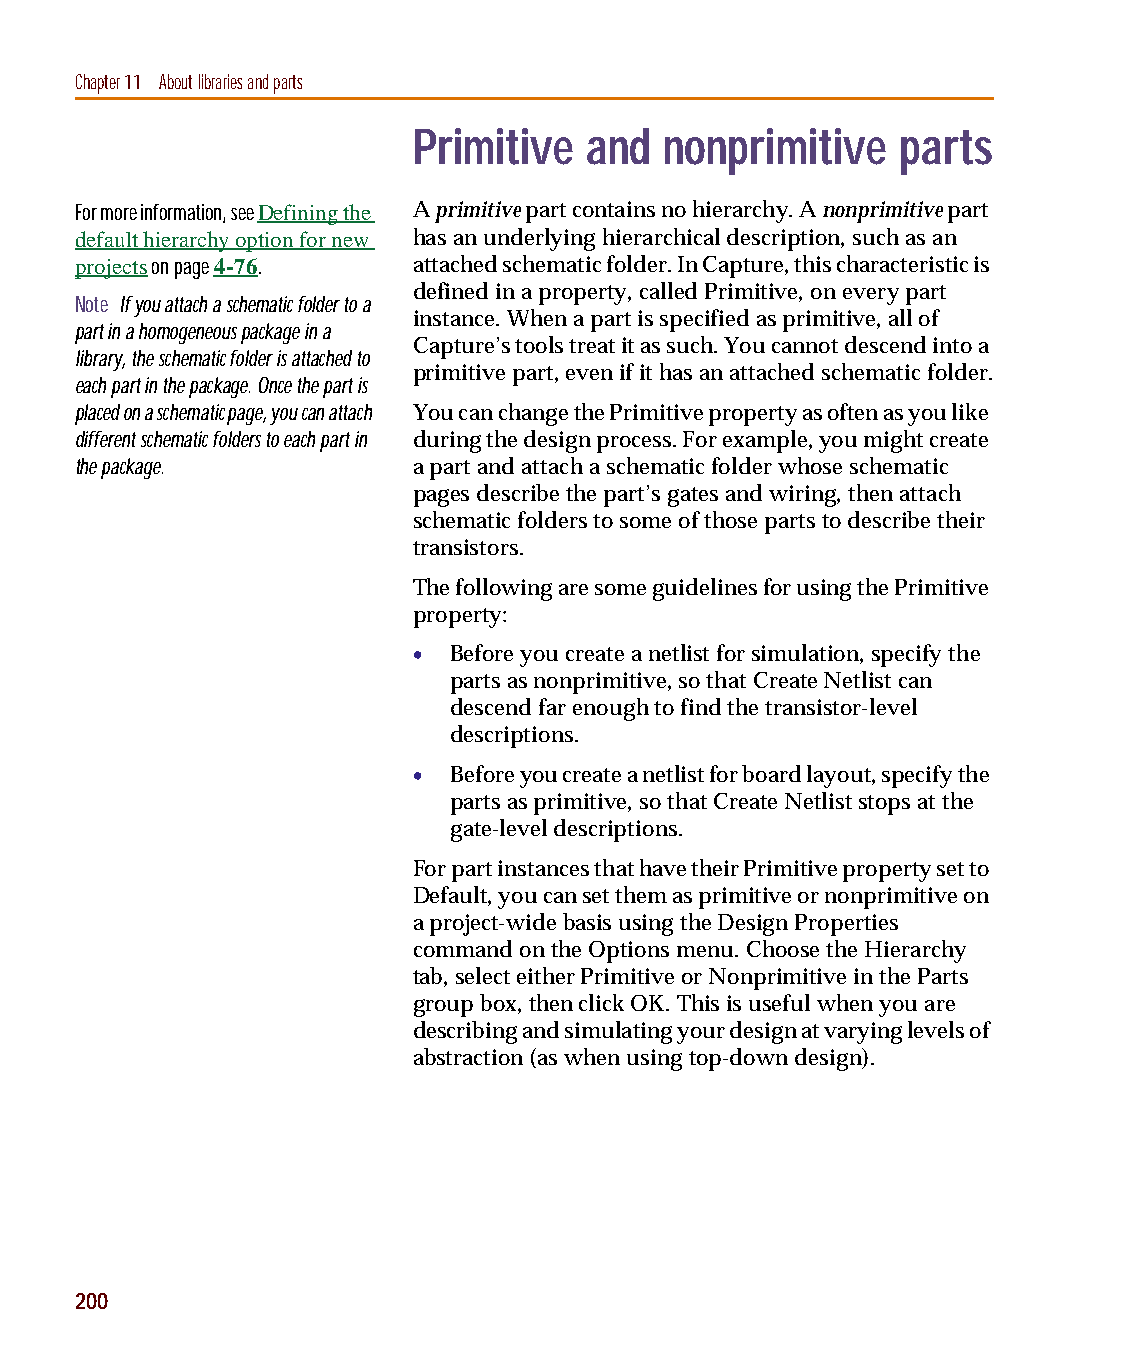
capug.book Page 200 Thursday, November 12, 1998 3:38 PM
 Chapter 11 About libraries and parts
 Primitive   and  nonprimitive    parts
 For more information, see Defining the A primitive part contains no hierarchy. A nonprimitive part
 default hierarchy option for new has an underlying hierarchical description, such as an
 projects on page 4-76. attached schematic folder. In Capture, this characteristic is
 defined in a property, called Primitive, on every part
 Note If you attach a schematic folder to a
 instance. When a part is specified as primitive, all of
 part in a homogeneous package in a
 Capture’s tools treat it as such. You cannot descend into a
 library, the schematic folder is attached to
 primitive part, even if it has an attached schematic folder.
 each part in the package. Once the part is
 placed on a schematic page, you can attach You can change the Primitive property as often as you like
 different schematic folders to each part in during the design process. For example, you might create
 the package.          a part and attach a schematic folder whose schematic
 pages describe the part’s gates and wiring, then attach
 schematic folders to some of those parts to describe their
 transistors.
 The following are some guidelines for using the Primitive
 property:
 •  Before you create a netlist for simulation, specify the
 parts as nonprimitive, so that Create Netlist can
 descend far enough to find the transistor-level
 descriptions.
 •  Before you create a netlist for board layout, specify the
 parts as primitive, so that Create Netlist stops at the
 gate-level descriptions.
 For part instances that have their Primitive property set to
 Default, you can set them as primitive or nonprimitive on
 a project-wide basis using the Design Properties
 command on the Options menu. Choose the Hierarchy
 tab, select either Primitive or Nonprimitive in the Parts
 group box, then click OK. This is useful when you are
 describing and simulating your design at varying levels of
 abstraction (as when using top-down design).
 200